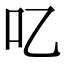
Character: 𠮙